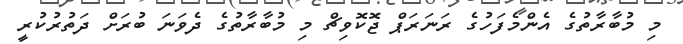
މި މުބާރާތުގެ އެންމެފަހުގެ ރަނަރަޕް ޖޮކޮވިޗް މި މުބާރާތުގެ ދެވަނަ ބުރަށް ދަތުރުކުރީ